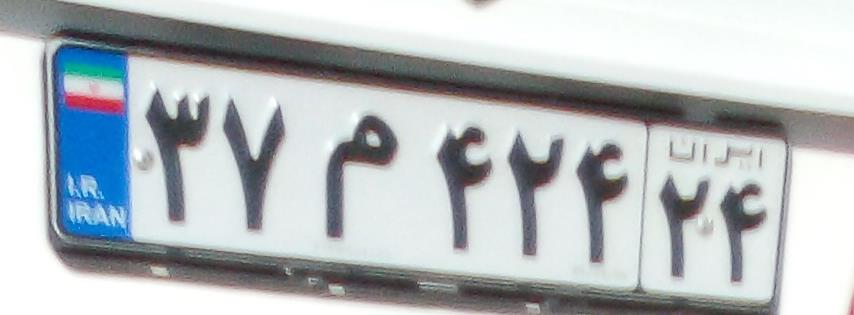
۳۷م۴۲۴۲۴